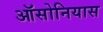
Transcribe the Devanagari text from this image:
ऑसोनियास